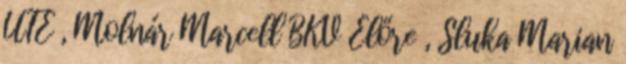
UTE , Molnár Marcell BKV Előre , Sluka Marian